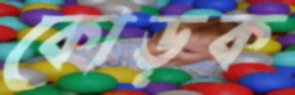
কোড়ক